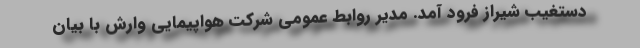
دستغیب شیراز فرود آمد. مدیر روابط عمومی شرکت هواپیمایی وارش با بیان